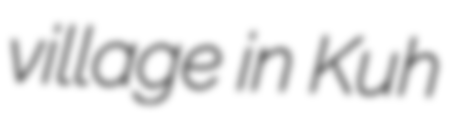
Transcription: village in Kuh